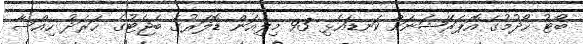
ބޯޓު ހޯދުމުގެ އޮޕަރޭޝަނަށް ކަނޑައެޅި 93 މިލިއަން ޑޮލަރުގެ ބެޖެޓުގެ ޚަރަދު ހިއްސާ